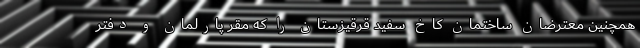
همچنین معترضان ساختمان کاخ سفید قرقیزستان را که مقر پارلمان و دفتر